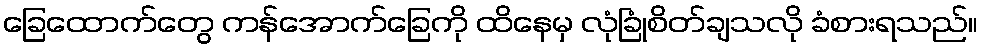
ခြေထောက်တွေ ကန်အောက်ခြေကို ထိနေမှ လုံခြုံစိတ်ချသလို ခံစားရသည်။